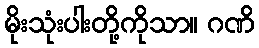
မိုးသုံးပါးတို့ကိုသာ။ ဂဏိ